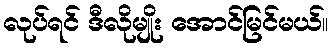
လုပ်ရင် ဒီလိုမျိုး အောင်မြင်မယ်။